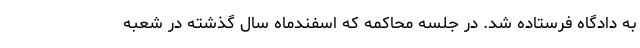
به دادگاه فرستاده شد. در جلسه محاکمه که اسفندماه سال گذشته در شعبه